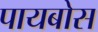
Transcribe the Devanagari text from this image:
पायबोस